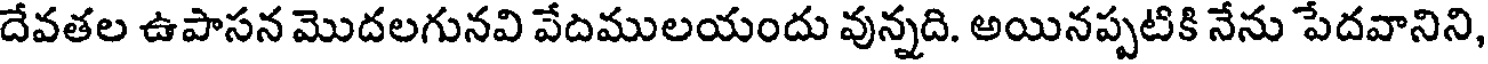
దేవతల ఉపాసన మొదలగునవి వేదములయందు వున్నది. అయినప్పటికి నేను పేదవానిని,